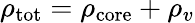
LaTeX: \rho_{\mathrm{tot}}=\rho_{\mathrm{core}}+\rho_{v}